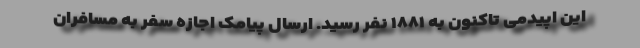
این اپیدمی تاکنون به ۱۸۸۱ نفر رسید. ارسال پیامک اجازه سفر به مسافران